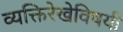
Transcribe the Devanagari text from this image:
व्यक्तिरेखेविषयी